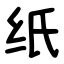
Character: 纸